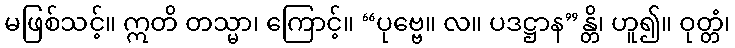
မဖြစ်သင့်။ ဣတိ တသ္မာ၊ ကြောင့်။ “ပုဗ္ဗေ။ လ။ ပဒဋ္ဌာန”န္တိ၊ ဟူ၍။ ဝုတ္တံ၊